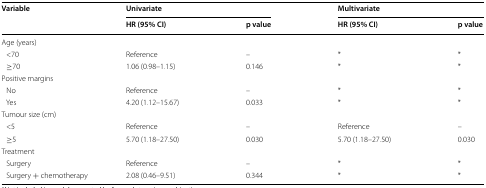
<table><thead><tr><td rowspan="2"><b>Variable</b></td><td colspan="2"><b>Univariate</b></td><td colspan="2"><b>Multivariate</b></td></tr><tr><td><b>HR (95% CI)</b></td><td><b>p value</b></td><td><b>HR (95% CI)</b></td><td><b>p value</b></td></tr></thead><tbody><tr><td colspan="5">Age (years)</td></tr><tr><td> &lt;70</td><td>Reference</td><td>–</td><td>*</td><td>*</td></tr><tr><td> ≥70</td><td>1.06 (0.98–1.15)</td><td>0.146</td><td>*</td><td>*</td></tr><tr><td colspan="5">Positive margins</td></tr><tr><td> No</td><td>Reference</td><td>–</td><td>*</td><td>*</td></tr><tr><td> Yes</td><td>4.20 (1.12–15.67)</td><td>0.033</td><td>*</td><td>*</td></tr><tr><td colspan="5">Tumour size (cm)</td></tr><tr><td> &lt;5</td><td>Reference</td><td>–</td><td>Reference</td><td>–</td></tr><tr><td> ≥5</td><td>5.70 (1.18–27.50)</td><td>0.030</td><td>5.70 (1.18–27.50)</td><td>0.030</td></tr><tr><td colspan="5">Treatment</td></tr><tr><td> Surgery</td><td>Reference</td><td>–</td><td>*</td><td>*</td></tr><tr><td> Surgery + chemotherapy</td><td>2.08 (0.46–9.51)</td><td>0.344</td><td>*</td><td>*</td></tr></tbody></table>